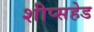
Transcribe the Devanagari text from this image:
शीप्सहेड